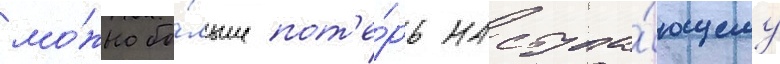
мо́жно бо́льше пот'е́рь наступа́ющему